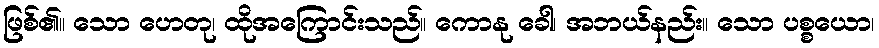
ဖြစ်၏။ သော ဟေတု၊ ထိုအကြောင်းသည်။ ကောနု ခေါ၊ အဘယ်နည်း။ သော ပစ္စယော၊